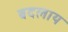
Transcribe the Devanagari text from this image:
बदलाय